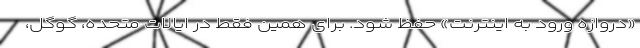
«دروازه ورود به اینترنت» حفظ شود. برای همین فقط در ایالات متحده، گوگل،